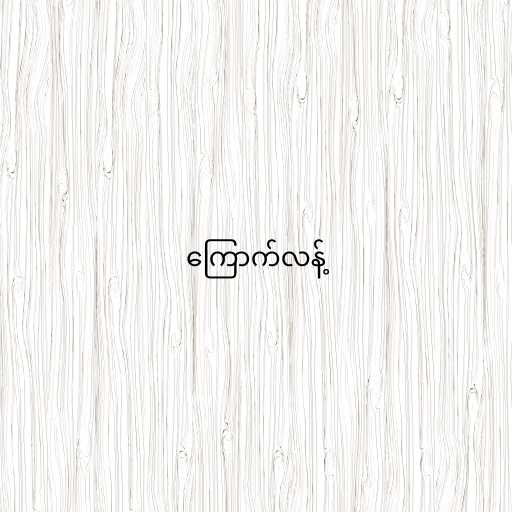
ကြောက်လန့်